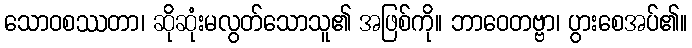
သောဝစဿတာ၊ ဆိုဆုံးမလွတ်သောသူ၏ အဖြစ်ကို။ ဘာဝေတဗ္ဗာ၊ ပွားစေအပ်၏။